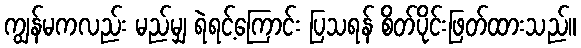
ကျွန်မကလည်း မည်မျှ ရဲရင့်ကြောင်း ပြသရန် စိတ်ပိုင်းဖြတ်ထားသည်။